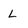
Character: L